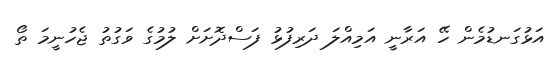
އަޅުގަނޑުމެން ހޭ އަރާނީ އަމިއްލަ ދަރިފުޅު ފަސްދޮށަށް ލުމުގެ ވަގުތު ޖެހުނީމަ ތޯ